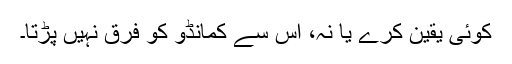
کوئی یقین کرے یا نہ، اس سے کمانڈو کو فرق نہیں پڑتا۔